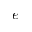
e